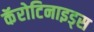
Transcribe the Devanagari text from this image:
कॅरोटिनाइड्स